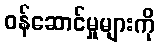
ဝန်ဆောင်မှုများကို